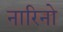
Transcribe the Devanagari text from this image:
नारिनो